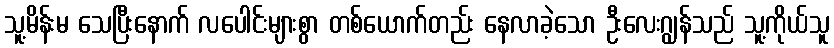
သူ့မိန်းမ သေပြီးနောက် လပေါင်းများစွာ တစ်ယောက်တည်း နေလာခဲ့သော ဦးလေးဂျွန်သည် သူ့ကိုယ်သူ